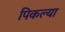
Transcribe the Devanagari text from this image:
पिकल्या